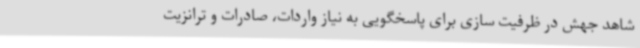
شاهد جهش در ظرفیت سازی برای پاسخگویی به نیاز واردات، صادرات و ترانزیت